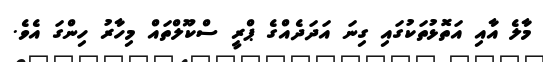
މާލެ އާއިި އަތޮޅުުތަކުގައި ގިނަ އަދަދެއްގެ ޕްރީ ސްކޫލްތައް މިހާރު ހިންގަ އެވެ.